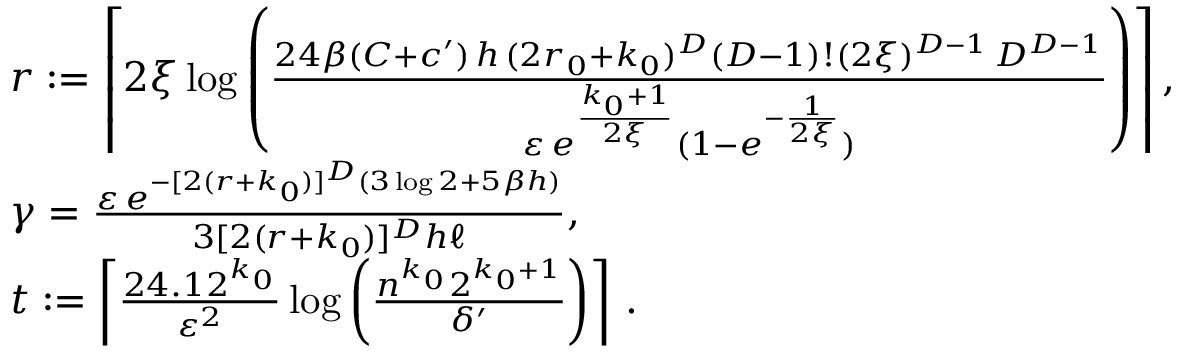
\begin{array} { r l } & { r : = \left\lceil 2 \xi \log \left( \frac { 2 4 \beta ( C + c ^ { \prime } ) \, h \, ( 2 r _ { 0 } + k _ { 0 } ) ^ { D } ( D - 1 ) ! ( 2 \xi ) ^ { D - 1 } \, D ^ { D - 1 } } { \varepsilon \, e ^ { \frac { k _ { 0 } + 1 } { 2 \xi } } ( 1 - e ^ { - \frac { 1 } { 2 \xi } } ) } \right) \right\rceil , } \\ & { \gamma = \frac { \varepsilon \, e ^ { - [ 2 ( r + k _ { 0 } ) ] ^ { D } ( 3 \log 2 + 5 \beta h ) } } { 3 [ 2 ( r + k _ { 0 } ) ] ^ { D } h \ell } , } \\ & { t : = \left\lceil \frac { 2 4 . 1 2 ^ { k _ { 0 } } } { \varepsilon ^ { 2 } } \log \left( \frac { n ^ { k _ { 0 } } 2 ^ { k _ { 0 } + 1 } } { \delta ^ { \prime } } \right) \right\rceil \, . } \end{array}